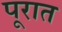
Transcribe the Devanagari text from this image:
पूरात